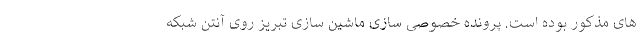
های مذکور بوده است. پرونده خصوصی سازی ماشین سازی تبریز روی آنتن شبکه